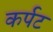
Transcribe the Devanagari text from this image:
कर्पट